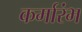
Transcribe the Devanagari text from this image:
कर्मारंभ